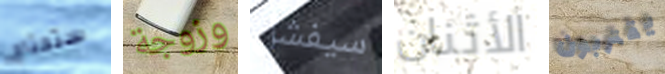
ستحتاج وزوجة سيفشل الأثنان يقتربون